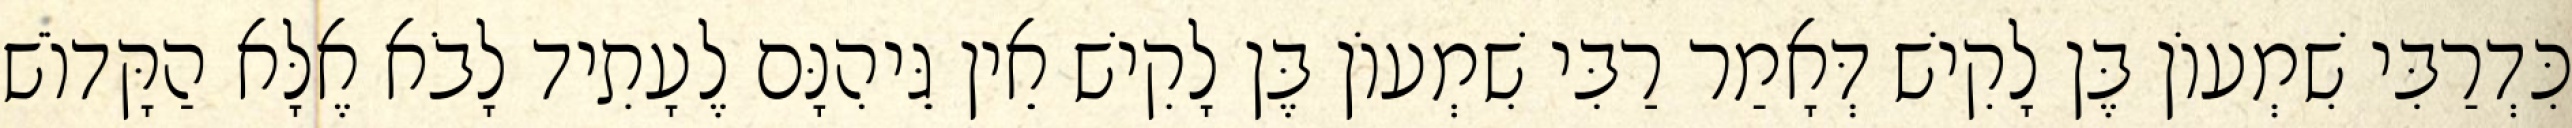
כִּדְרַבִּי שִׁמְעוֹן בֶּן לָקִישׁ דְּאָמַר רַבִּי שִׁמְעוֹן בֶּן לָקִישׁ אֵין גֵּיהִנָּם לֶעָתִיד לָבֹא אֶלָּא הַקָּדוֹשׁ